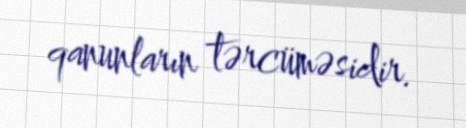
qanunların tərcüməsidir.